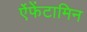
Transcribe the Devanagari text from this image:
ऐंफेंटामिन